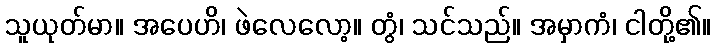
သူယုတ်မာ။ အပေဟိ၊ ဖဲလေလော့။ တွံ၊ သင်သည်။ အမှာကံ၊ ငါတို့၏။